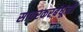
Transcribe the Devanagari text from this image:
सावरकरबंधूंनी